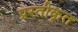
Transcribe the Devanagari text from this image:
प्रस्तीकृत